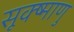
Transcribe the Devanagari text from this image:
सूक्ष्माणु